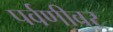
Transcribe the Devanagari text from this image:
पर्वणीवर